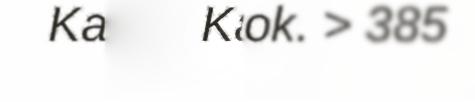
Kap. dagok. > 385